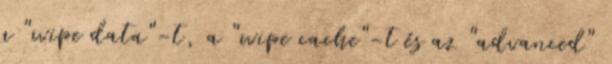
a "wipe data"-t, a "wipe cache"-t és az "advanced"